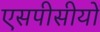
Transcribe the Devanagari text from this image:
एसपीसीयों